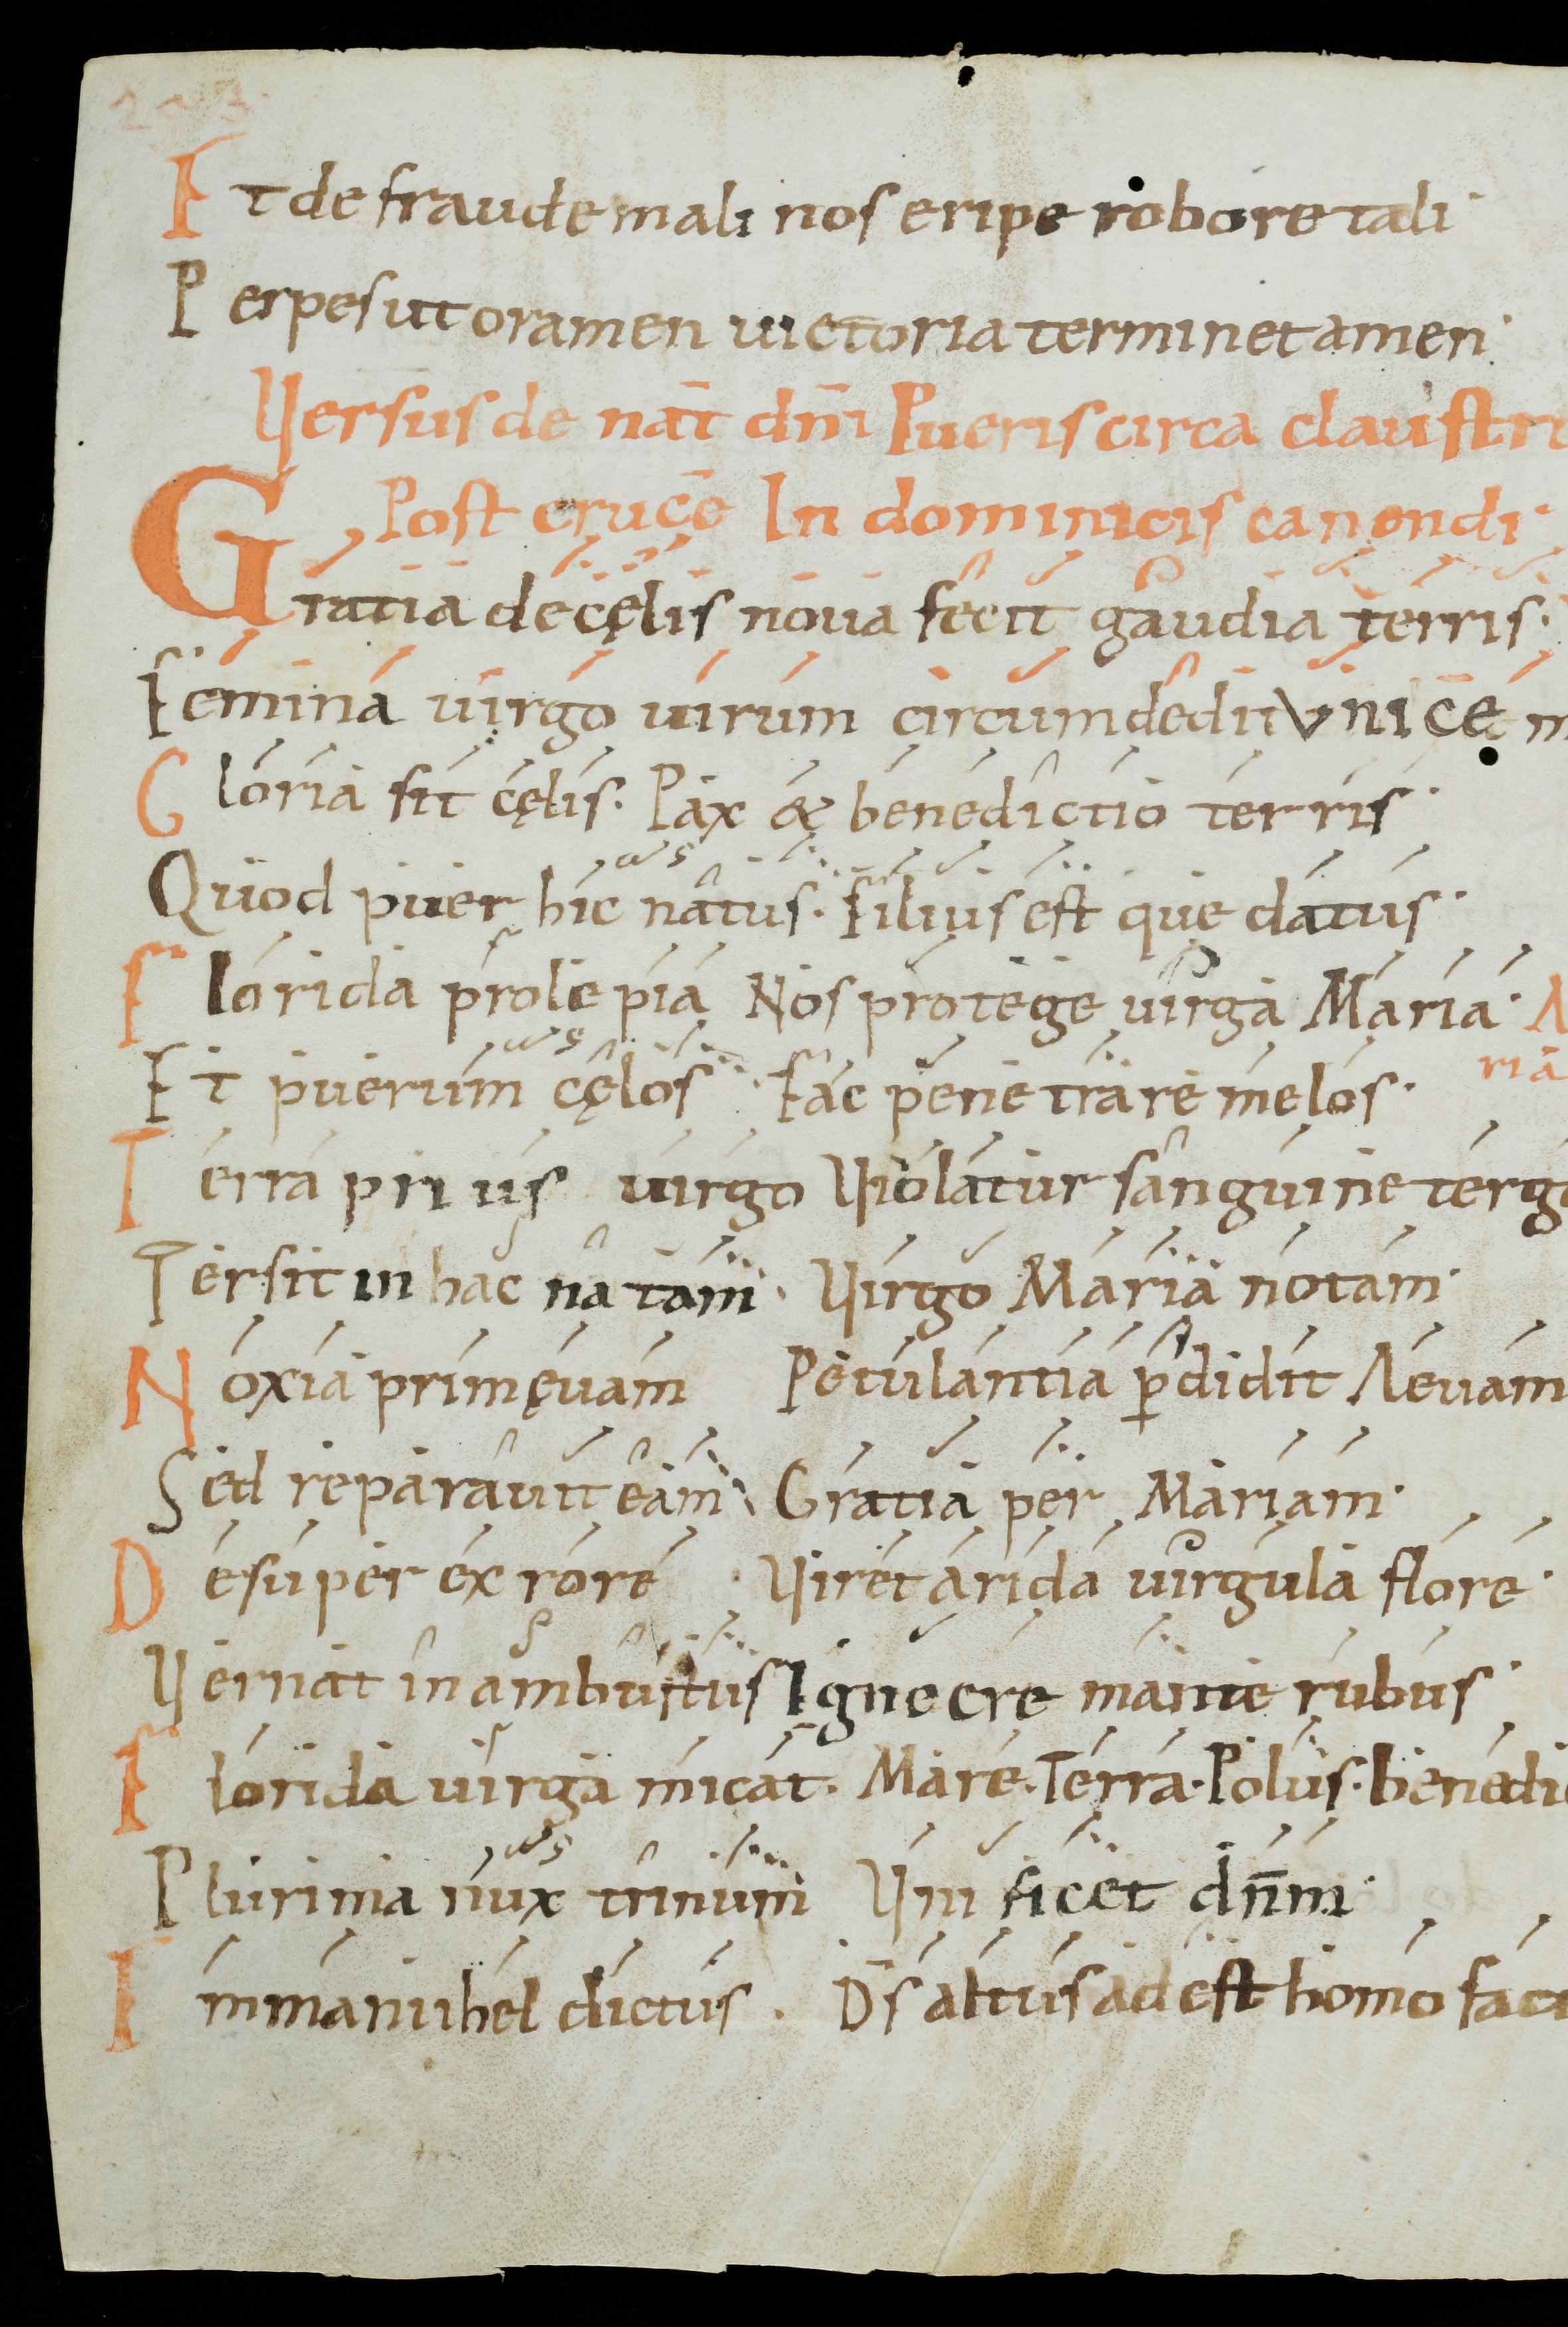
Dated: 1000–1099